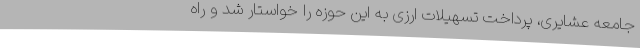
جامعه عشایری، پرداخت تسهیلات ارزی به این حوزه را خواستار شد و راه